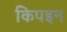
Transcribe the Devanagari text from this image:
किपइन